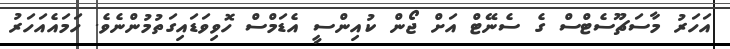
އަހަރު މާސަޗޫސެޓްސް ގެ ސެނޭޓް އަށް ޖޯން ކުއިންސީ އެޑަމްސް ހޮވިވަޑައިގަތުމުންނެވެ. ހަމައެއަހަރު